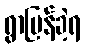
ရွာပြန်ခဲ့ရ